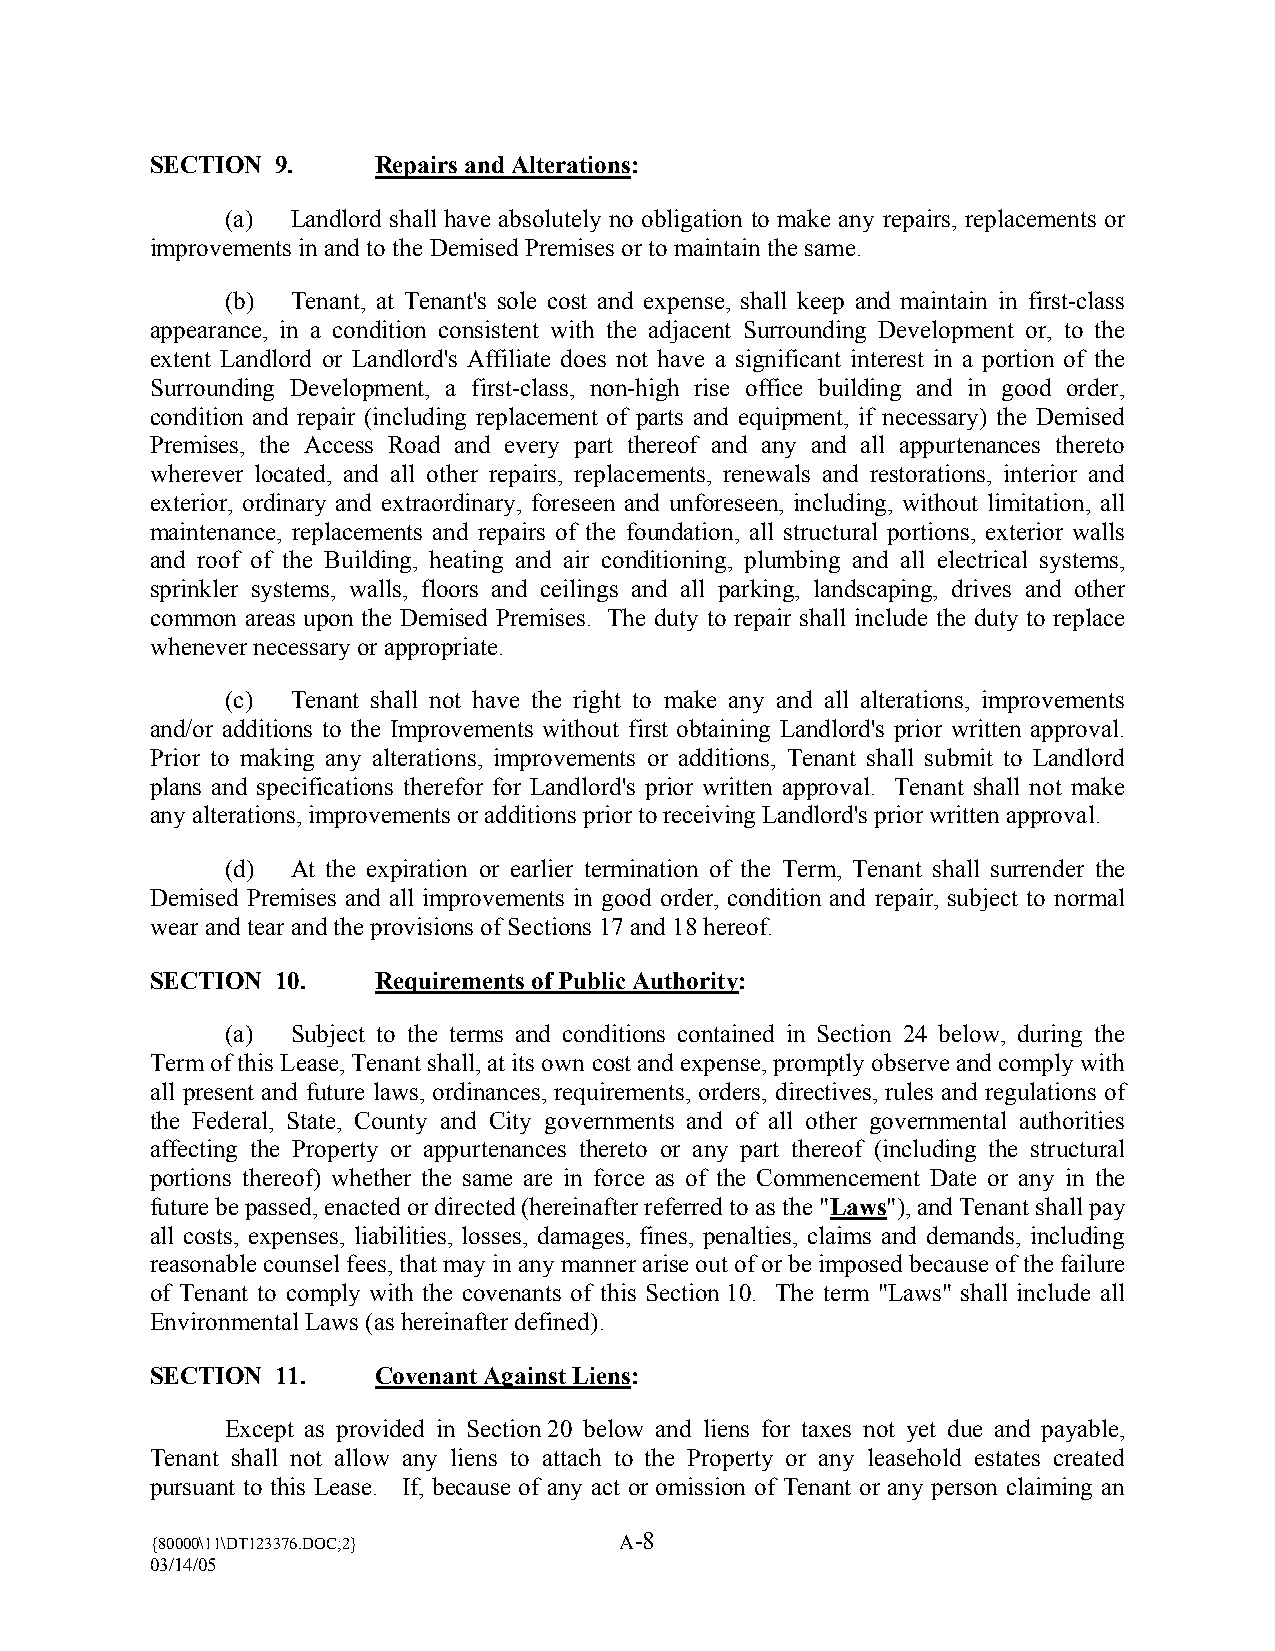
SECTION 9.     Repairs and Alterations:
 (a) Landlord shall have absolutely no obligation to make any repairs, replacements or
 improvements in and to the Demised Premises or to maintain the same.
 (b) Tenant, at Tenant’s sole cost and expense, shall keep and maintain in first-class
 appearance, in a condition consistent with the adjacent Surrounding Development or, to the
 extent Landlord or Landlord’s Affiliate does not have a significant interest in a portion of the
 Surrounding Development, a first-class, non-high rise office building and in good order,
 condition and repair (including replacement of parts and equipment, if necessary) the Demised
 Premises, the Access Road and every part thereof and any and all appurtenances thereto
 wherever located, and all other repairs, replacements, renewals and restorations, interior and
 exterior, ordinary and extraordinary, foreseen and unforeseen, including, without limitation, all
 maintenance, replacements and repairs of the foundation, all structural portions, exterior walls
 and roof of the Building, heating and air conditioning, plumbing and all electrical systems,
 sprinkler systems, walls, floors and ceilings and all parking, landscaping, drives and other
 common areas upon the Demised Premises. The duty to repair shall include the duty to replace
 whenever necessary or appropriate.
 (c) Tenant shall not have the right to make any and all alterations, improvements
 and/or additions to the Improvements without first obtaining Landlord’s prior written approval.
 Prior to making any alterations, improvements or additions, Tenant shall submit to Landlord
 plans and specifications therefor for Landlord’s prior written approval. Tenant shall not make
 any alterations, improvements or additions prior to receiving Landlord’s prior written approval.
 (d) At the expiration or earlier termination of the Term, Tenant shall surrender the
 Demised Premises and all improvements in good order, condition and repair, subject to normal
 wear and tear and the provisions of Sections 17 and 18 hereof.
 SECTION 10.    Requirements of Public Authority:
 (a) Subject to the terms and conditions contained in Section 24 below, during the
 Term of this Lease, Tenant shall, at its own cost and expense, promptly observe and comply with
 all present and future laws, ordinances, requirements, orders, directives, rules and regulations of
 the Federal, State, County and City governments and of all other governmental authorities
 affecting the Property or appurtenances thereto or any part thereof (including the structural
 portions thereof) whether the same are in force as of the Commencement Date or any in the
 future be passed, enacted or directed (hereinafter referred to as the "Laws"), and Tenant shall pay
 all costs, expenses, liabilities, losses, damages, fines, penalties, claims and demands, including
 reasonable counsel fees, that may in any manner arise out of or be imposed because of the failure
 of Tenant to comply with the covenants of this Section 10. The term "Laws" shall include all
 Environmental Laws (as hereinafter defined).
 SECTION 11.    Covenant Against Liens:
 Except as provided in Section 20 below and liens for taxes not yet due and payable,
 Tenant shall not allow any liens to attach to the Property or any leasehold estates created
 pursuant to this Lease. If, because of any act or omission of Tenant or any person claiming an
 {80000\11\DT123376.DOC;2}
 A-8
 03/14/05